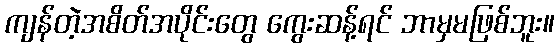
ကျန်တဲ့အစိတ်အပိုင်းတွေ ကွေးဆန့်ရင် ဘာမှမဖြစ်ဘူး။